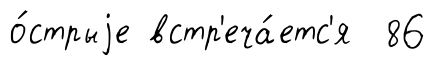
о́стрыjе встр'еча́етс'я 86